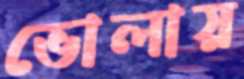
ভোলায়